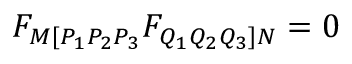
F _ { M [ P _ { 1 } P _ { 2 } P _ { 3 } } F _ { Q _ { 1 } Q _ { 2 } Q _ { 3 } ] N } = 0